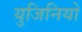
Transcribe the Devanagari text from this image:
युजिनियो